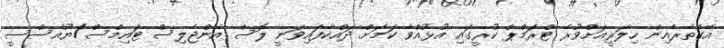
އޭގެތެރެއިން ހިލަރީއަށްވުރެ ޓްރަމްޕް ކުރީގައި އުޅުއްވާ ކަމަށް ދައްކާފައިވަނީ ލޮސް އެންޖެލިސް ޓައިމްސް/ޔޫއެސްސީ